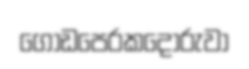
ගොඩපෙරකදෝරුවා